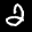
Label: 2